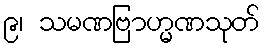
၉၊ သမဏဗြာဟ္မဏသုတ်